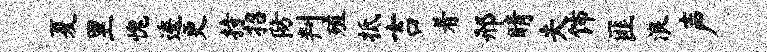
夏里愧逶更持招防判殖抵吉着邢睛夫饰匪浪声